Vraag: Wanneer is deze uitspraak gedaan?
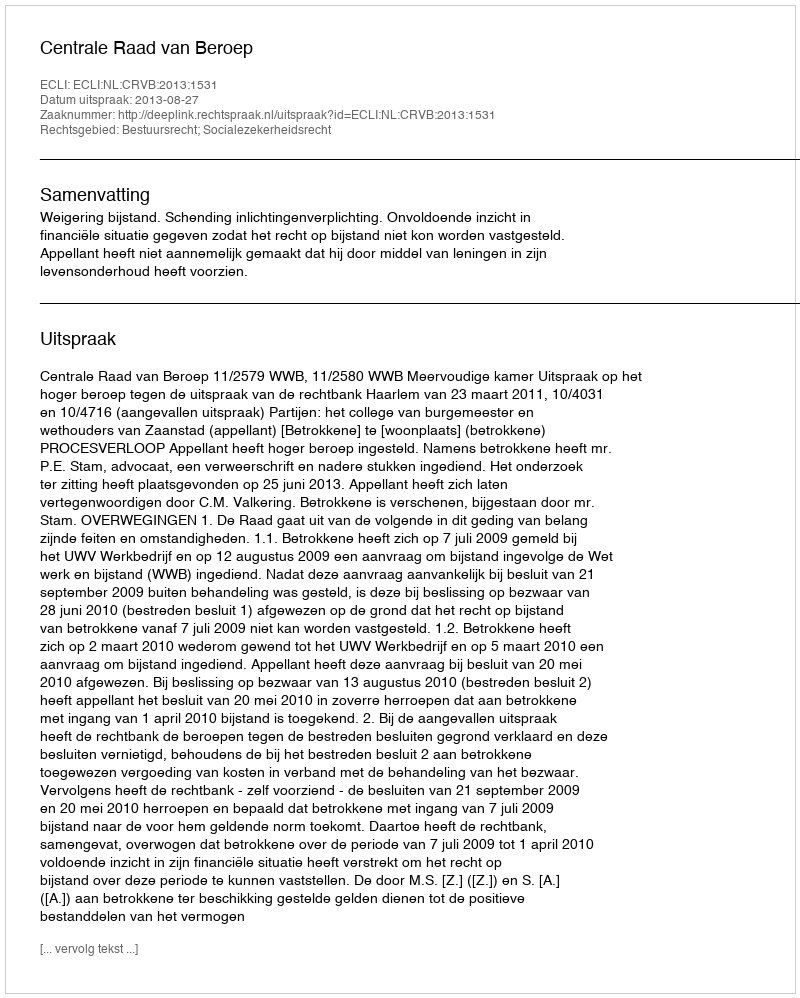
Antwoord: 2013-08-27